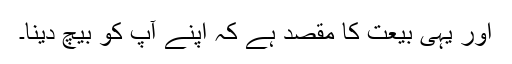
اور یہی بیعت کا مقصد ہے کہ اپنے آپ کو بیچ دینا۔